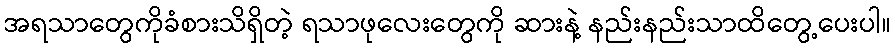
အရသာတွေကိုခံစားသိရှိတဲ့ ရသာဖုလေးတွေကို ဆားနဲ့ နည်းနည်းသာထိတွေ့ပေးပါ။